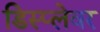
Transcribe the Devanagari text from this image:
डिस्प्लेवर